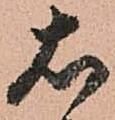
右